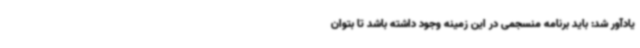
یادآور شد: باید برنامه منسجمی در این زمینه وجود داشته باشد تا بتوان